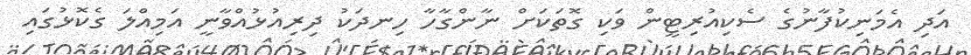
އަދި އެމަނިކުފާނުގެ ސެކިއުރިޓީން ވަކި ގޮތަކަށް ނާންގާހާ ހިނދަކު ދިރިއުޅުއްވާނީ އަމިއްލަ ގެކޮޅުގައި